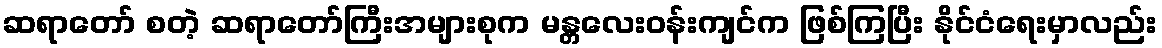
ဆရာတော် စတဲ့ ဆရာတော်ကြီးအများစုက မန္တလေးဝန်းကျင်က ဖြစ်ကြပြီး နိုင်ငံရေးမှာလည်း